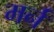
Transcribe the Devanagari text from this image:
मर्न